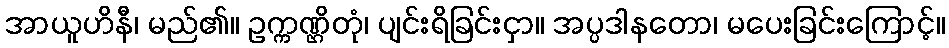
အာယူဟိနီ၊ မည်၏။ ဥက္ကဏ္ဌိတုံ၊ ပျင်းရိခြင်းငှာ။ အပ္ပဒါနတော၊ မပေးခြင်းကြောင့်။